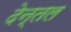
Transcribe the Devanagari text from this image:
देन्तल